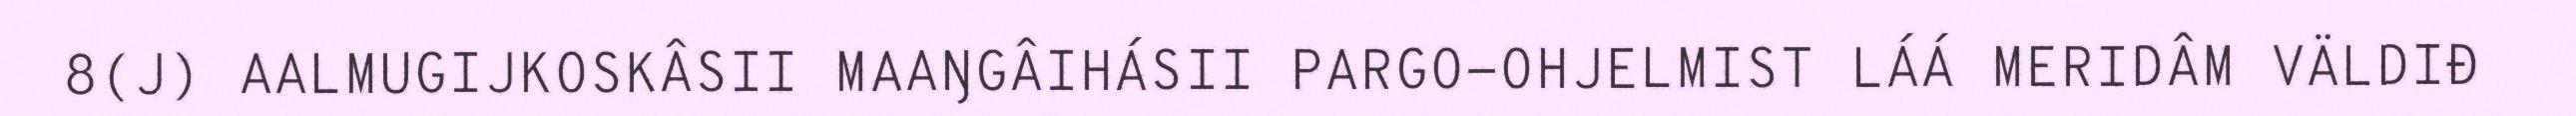
8(J) AALMUGIJKOSKÂSII MAAŊGÂIHÁSII PARGO-OHJELMIST LÁÁ MERIDÂM VÄLDIĐ